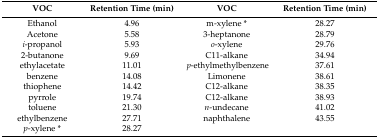
<table><thead><tr><td><b>VOC</b></td><td><b>Retention Time (min)</b></td><td><b>VOC</b></td><td><b>Retention Time (min)</b></td></tr></thead><tbody><tr><td>Ethanol</td><td>4.96</td><td>m-xylene *</td><td>28.27</td></tr><tr><td>Acetone</td><td>5.58</td><td>3-heptanone</td><td>28.79</td></tr><tr><td><i>i</i>-propanol</td><td>5.93</td><td><i>o</i>-xylene</td><td>29.76</td></tr><tr><td>2-butanone</td><td>9.69</td><td>C11-alkane</td><td>34.94</td></tr><tr><td>ethylacetate</td><td>11.01</td><td><i>p</i>-ethylmethylbenzene</td><td>37.61</td></tr><tr><td>benzene</td><td>14.08</td><td>Limonene</td><td>38.61</td></tr><tr><td>thiophene</td><td>14.42</td><td>C12-alkane</td><td>38.35</td></tr><tr><td>pyrrole</td><td>19.74</td><td>C12-alkane</td><td>38.93</td></tr><tr><td>toluene</td><td>21.30</td><td><i>n</i>-undecane</td><td>41.02</td></tr><tr><td>ethylbenzene</td><td>27.71</td><td>naphthalene</td><td>43.55</td></tr><tr><td><i>p</i>-xylene *</td><td>28.27</td><td></td><td></td></tr></tbody></table>